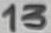
Text: 13